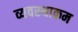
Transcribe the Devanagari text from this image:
व्यवस्थाक्रम